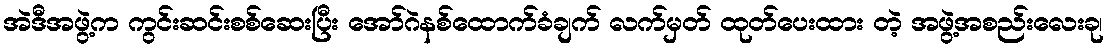
အဲဒီအဖွဲ့က ကွင်းဆင်းစစ်ဆေးပြီး အော်ဂဲနစ်ထောက်ခံချက် လက်မှတ် ထုတ်ပေးထား တဲ့ အဖွဲ့အစည်းလေးခု၊